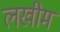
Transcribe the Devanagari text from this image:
लखीम